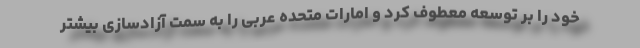
خود را بر توسعه معطوف کرد و امارات متحده عربی را به سمت آزادسازی بیشتر